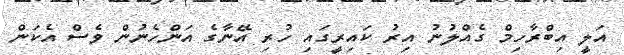
އަލީ އިބްރާހިމް ގެއްލުނު އިރު ކައިރީގައި ހުރި އޭނާގެ އަންހެނުން ވެސް އެކަން